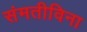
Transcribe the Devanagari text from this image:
संमतीविना